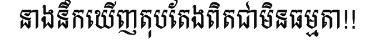
នាងនឹកឃើញតុបតែងពិតជាមិនធម្មតា!!